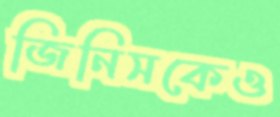
জিনিসকেও